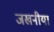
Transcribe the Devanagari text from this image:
जखनीया